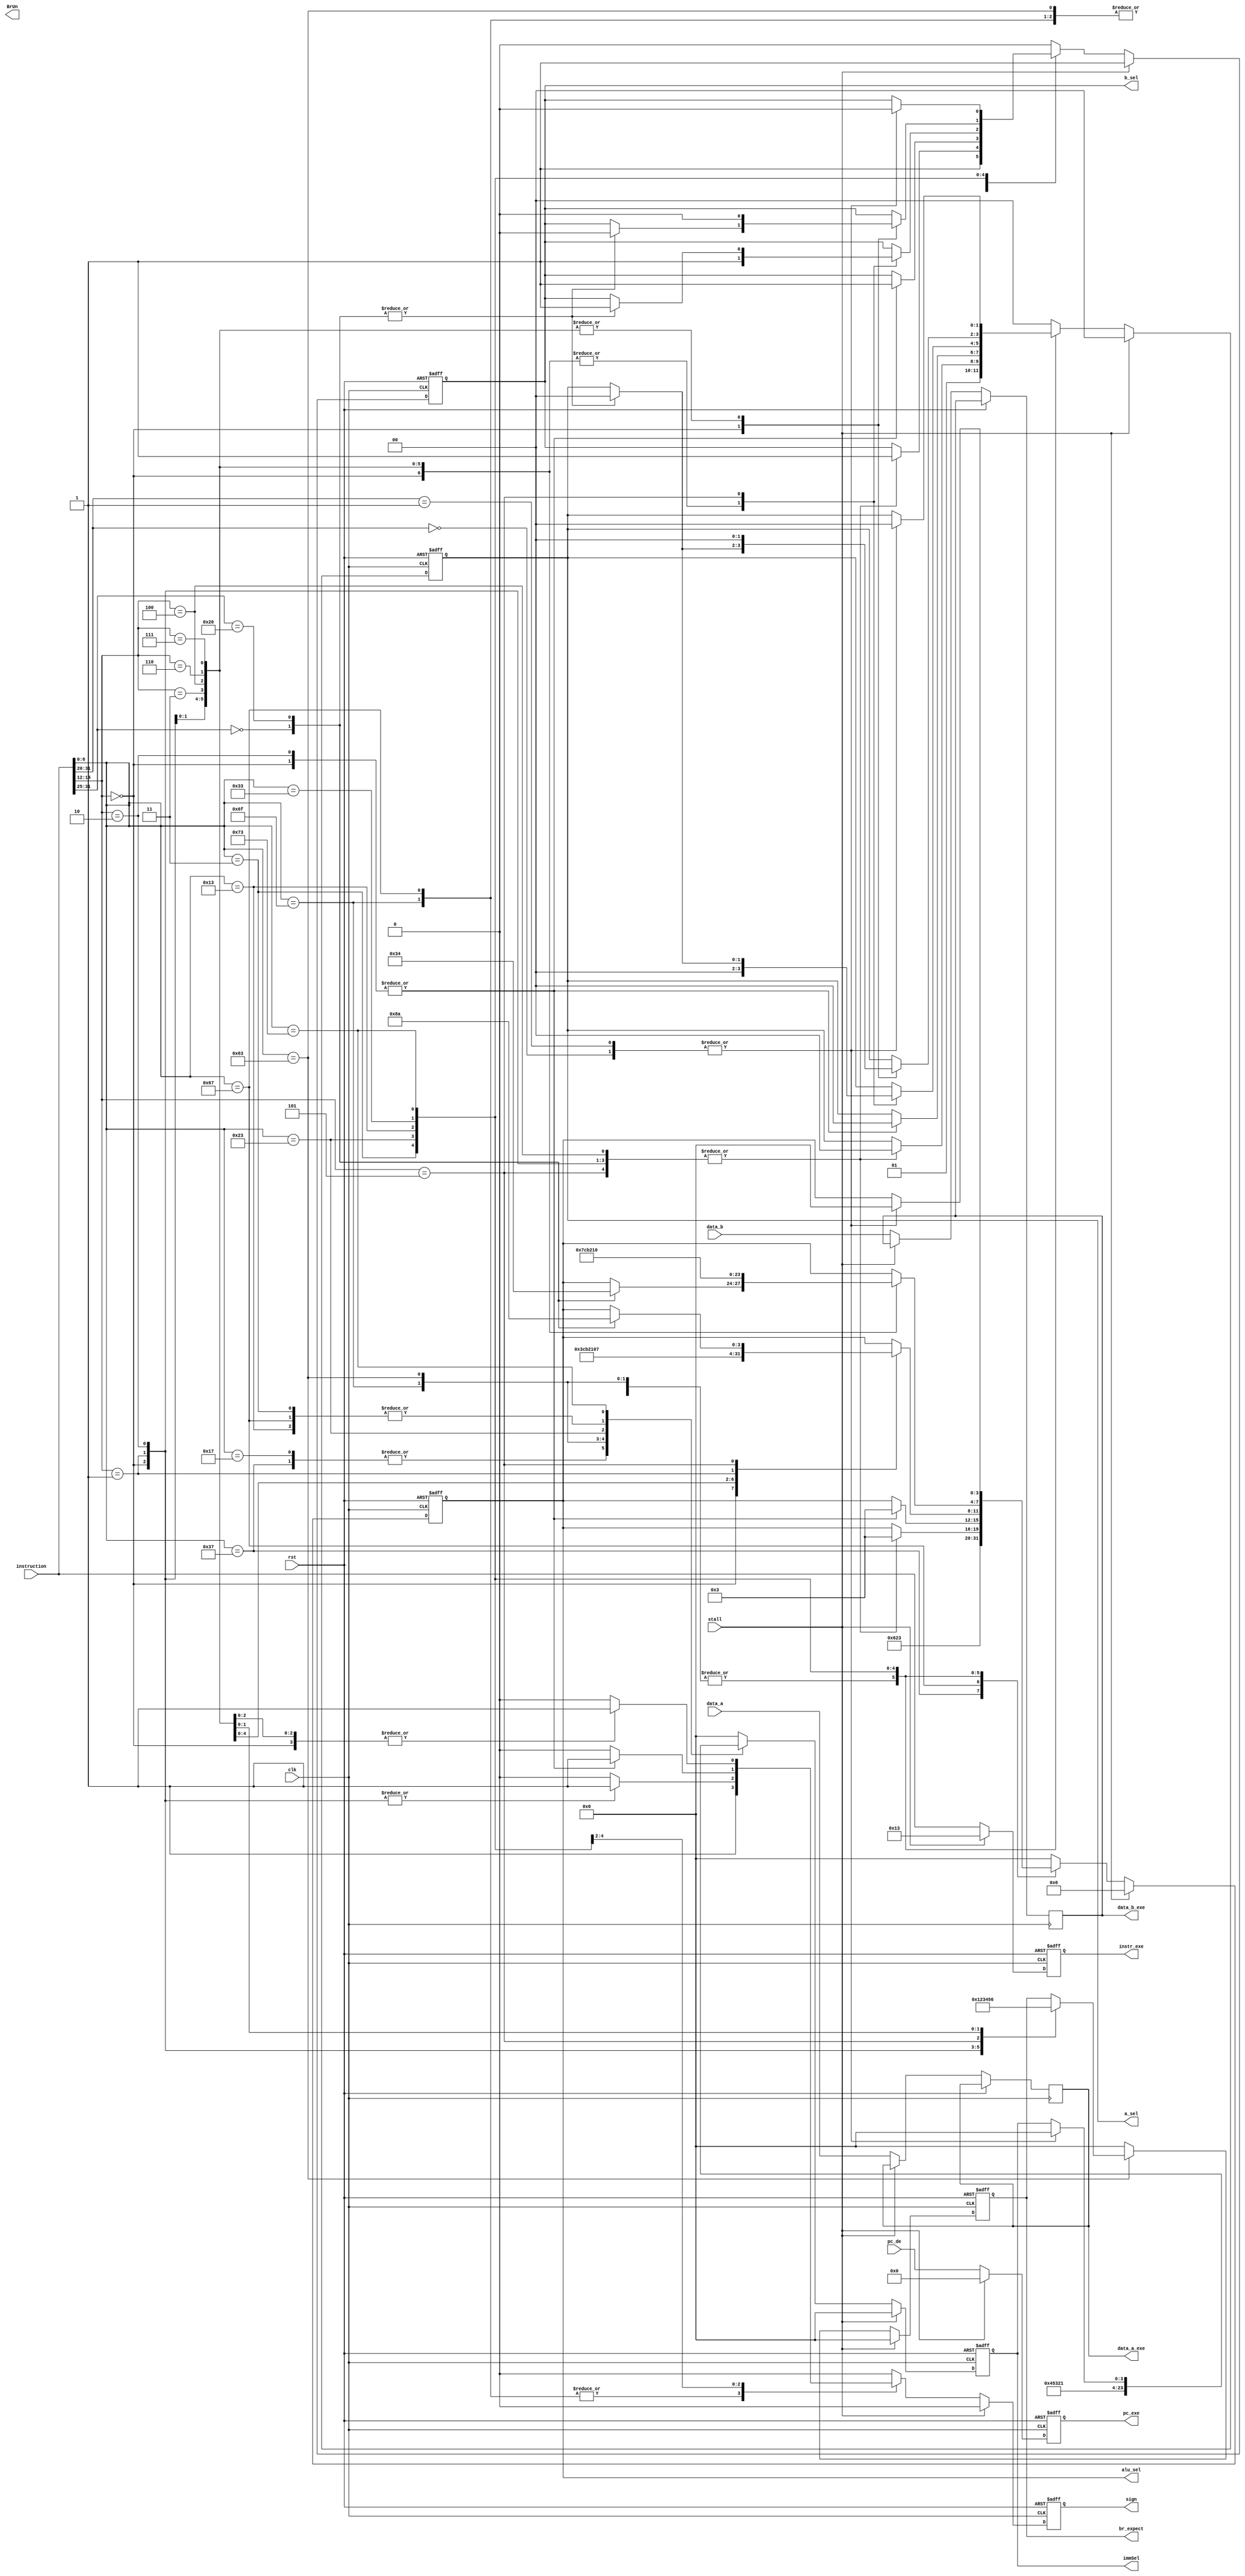
module execute_ctl(
    input         clk,
    input         rst,
    input         stall,
    input  [31:0] data_a,
    input  [31:0] data_b,
    input  [31:0] pc_de,
    input  [31:0] instruction,
    output [1:0]  a_sel,
    output        b_sel,
    output  [3:0] immSel,
    output        sign,
    output        BrUn,
    output [3:0]  br_expect,
    output [3:0]  alu_sel,
    output [31:0] data_a_exe,
    output [31:0] data_b_exe,
    output [31:0] pc_exe,
    output [31:0] instr_exe
);

reg [3:0]  r_br_expect;
reg [1:0]  r_a_sel;
reg        r_b_sel;
reg [3:0]  r_immSel;
reg [3:0]  r_alu_sel;
reg        r_sign;
reg [31:0] r_data_a_exe;
reg [31:0] r_data_b_exe;
reg [31:0] r_pc_exe;
reg [31:0] r_instr_exe;

assign immSel    = r_immSel;
assign alu_sel   = r_alu_sel;
assign a_sel     = r_a_sel;
assign b_sel     = r_b_sel;
assign sign      = r_sign;
assign data_a_exe = r_data_a_exe;
assign data_b_exe = r_data_b_exe;
assign pc_exe    = r_pc_exe;
assign instr_exe = r_instr_exe;
assign br_expect = r_br_expect;


always @(posedge clk or posedge rst) begin
    if (rst) begin
        r_a_sel     <= 1'b0;
        r_b_sel     <= 1'b1;
        r_immSel    <= 4'h0;
        r_sign      <= 1'b0;
        r_alu_sel   <= 4'b0110;
        r_br_expect <= 3'b000;
        r_pc_exe    <= 32'h0;
        r_instr_exe <= 32'hxxxxxxxx;
    end else if (stall) begin
        r_a_sel     <= 1'b0;
        r_b_sel     <= 1'b1;
        r_immSel    <= 4'h0;
        r_sign      <= 1'b0;
        r_alu_sel   <= 4'b0110;
        r_br_expect <= 3'b000;
        r_pc_exe    <= 32'h0;
        r_instr_exe <= 32'b00000000000000000000000000010011;
    end else begin
        r_sign = 1'b0;

        // Currently every RV32I instruction is implemented in control.  
        // EFENCE, EBREAK, and ECALL require further control implementation.
        case (instruction[6:0])
            // LUI Instruction: 
            7'b0110111: begin
                r_a_sel   <= 2'b0;
                r_b_sel   <= 1'b1;
                r_immSel  <= 4'h4;
                r_sign    <= 1'b0;
                r_alu_sel <= 4'b0110;
                r_br_expect <= 3'b000;
            end
            // AUIPC Instruction: 
            7'b0010111: begin
                r_a_sel   <= 2'b1;
                r_b_sel   <= 1'b1;
                r_immSel  <= 4'h4;
                r_sign    <= 1'b0;
                r_alu_sel <= 4'b0011;
                r_br_expect <= 3'b000;
            end
            // JAL Instruction:
            7'b1101111: begin
                r_a_sel   <= 2'b1;
                r_b_sel   <= 1'b1;
                r_immSel  <= 4'h5;
                r_alu_sel <= 4'b0011;
                r_sign    <= 1'b1;
                r_br_expect <= 3'b000;
            end
            // JALR Instruction:
            7'b1100111: begin
                r_a_sel   <= 2'b0;
                r_b_sel   <= 1'b1;
                r_immSel  <= 4'h1;
                r_alu_sel <= 4'b0010;
                r_sign    <= 1'b1;
                r_br_expect <= 3'b000;
            end
            7'b1100011: begin
                r_immSel  <= 4'h3;
                r_a_sel   <= 2'b1;
                r_b_sel   <= 1'b1;
                r_alu_sel <= 4'b0011;
                case (instruction[14:12])
                    // BEQ Instruction:
                    3'b000: begin
                        r_br_expect <= 3'b001;
                    end
                    // BNE Instruction
                    3'b001: begin
                        r_br_expect <= 3'b010;
                    end
                    //BLT Instruction
                    3'b010: begin
                        r_br_expect <= 3'b011;
                    end
                    //BGE Instruction
                    3'b101: begin
                        r_br_expect <= 3'b100;
                    end
                    //BLTU Instruction
                    3'b110: begin
                        r_br_expect <= 3'b101;
                    end
                    //BGEU Instruction
                    3'b111: begin
                        r_br_expect <= 3'b110;
                    end
                endcase
            end
            7'b0000011: begin
                r_immSel  <= 4'h1;
                r_br_expect <= 3'b000;
                case (instruction[14:12])
                    //LB Instruction
                    3'b000: begin
                        r_a_sel   <= 2'b0;
                        r_b_sel   <= 1'b1;
                        r_alu_sel <= 4'b0011;
                        r_sign    <= 1'b1;
                    end
                    //LH Instruction
                    3'b001: begin
                        r_a_sel   <= 2'b0;
                        r_b_sel   <= 1'b1;
                        r_alu_sel <= 4'b0011;
                        r_sign    <= 1'b1;
                    end
                    //LW Instruction
                    3'b010: begin
                        r_a_sel   <= 2'b0;
                        r_b_sel   <= 1'b1;
                        r_alu_sel <= 4'b0011;
                        r_sign    <= 1'b1;
                    end
                    //LBU Instruction
                    3'b100: begin
                        r_a_sel   <= 2'b0;
                        r_b_sel   <= 1'b1;
                        r_alu_sel <= 4'b0011;
                    end
                    //LHU Instruction
                    3'b101: begin
                        r_a_sel   <= 2'b0;
                        r_b_sel   <= 1'b1;
                        r_alu_sel <= 4'b0011;
                    end
                endcase
            end
            7'b0100011: begin
                r_immSel  <= 4'h2;
                r_br_expect <= 3'b000;
                case (instruction[14:12])
                    // SB Instruction
                    3'b000: begin
                        r_a_sel   <= 2'b0;
                        r_b_sel   <= 1'b1;
                        r_alu_sel <= 4'b0011;
                        r_sign    <= 1'b1;
                    end
                    // SW Instruction
                    3'b010: begin
                        r_a_sel   <= 2'b0;
                        r_b_sel   <= 1'b1;
                        r_alu_sel <= 4'b0011;
                        r_sign    <= 1'b1;
                    end
                endcase
            end
            7'b0010011: begin
                r_immSel  <= 4'h1;
                r_br_expect <= 3'b000;
                case (instruction[14:12])
                    // ADDI Instruction
                    3'b000: begin
                        r_a_sel   <= 2'b0;
                        r_b_sel   <= 1'b1;
                        r_alu_sel <= 4'b0011;
                        r_sign    <= 1'b1;
                    end
                    // SLTI Instruction
                    3'b010: begin
                        r_a_sel   <= 2'b0;
                        r_b_sel   <= 1'b1;
                        r_alu_sel <= 4'b1100;
                    end
                    // SLTIU Instruction
                    3'b011: begin
                        r_a_sel   <= 2'b0;
                        r_b_sel   <= 1'b1;
                        r_alu_sel <= 4'b1011;
                    end
                    // XORI Instruction
                    3'b100: begin
                        r_a_sel   <= 2'b0;
                        r_b_sel   <= 1'b1;
                        r_alu_sel <= 4'b0010;
                        r_sign    <= 1'b1;
                    end
                    // ORI Instruction
                    3'b110: begin
                        r_a_sel   <= 2'b0;
                        r_b_sel   <= 1'b1;
                        r_alu_sel <= 4'b0001;
                        r_sign    <= 1'b1;
                    end
                    // ANDI Instruction
                    3'b111: begin
                        r_a_sel   <= 2'b0;
                        r_b_sel   <= 1'b1;
                        r_alu_sel <= 4'b0000;
                        r_sign    <= 1'b1;
                    end
                    // SLLI Instruction
                    3'b001: begin
                        r_a_sel   <= 2'b0;
                        r_b_sel   <= 1'b1;
                        r_alu_sel <= 4'b0111;
                    end
                    3'b101: begin
                        case (instruction[31:25])
                            // SRLI Instruction
                            7'b0000000: begin
                                r_a_sel   <= 2'b0;
                                r_b_sel   <= 1'b1;
                                r_alu_sel <= 4'b1000;
                            end
                            // SRAI Instruction
                            7'b0100000: begin
                                r_a_sel   <= 2'b0;
                                r_b_sel   <= 1'b1;
                                r_alu_sel <= 4'b1010;
                            end
                        endcase
                    end
                endcase
            end
            7'b0110011: begin
                r_immSel  <= 4'h0;
                r_br_expect <= 3'b000;
                case (instruction[14:12]) 
                    3'b000: begin
                        case (instruction[31:25])
                            // ADD Instruction
                            7'b0000000: begin
                                r_a_sel   <= 2'b0;
                                r_b_sel   <= 1'b0;
                                r_alu_sel <= 4'b0011;
                            end
                            // SUB Instruction
                            7'b0100000: begin
                                r_a_sel   <= 2'b0;
                                r_b_sel   <= 1'b0;
                                r_alu_sel <= 4'b0100;
                            end
                        endcase
                    end
                    // SLL Instruction
                    3'b001: begin
                        r_a_sel   <= 2'b0;
                        r_b_sel   <= 1'b0;
                        r_alu_sel <= 4'b0111;
                    end
                    // SLT Instruction
                    3'b010: begin
                        r_a_sel   <= 2'b0;
                        r_b_sel   <= 1'b0;
                        r_alu_sel <= 4'b1100;
                    end
                    // SLTU Instruction
                    3'b011: begin
                        r_a_sel   <= 2'b0;
                        r_b_sel   <= 1'b0;
                        r_alu_sel <= 4'b1011;
                    end
                    // XOR Instruction
                    3'b100: begin
                        r_a_sel   <= 2'b0;
                        r_b_sel   <= 1'b0;
                        r_alu_sel <= 4'b0010;
                    end
                    // SRA Instruction
                    3'b100: begin
                        r_a_sel   <= 2'b0;
                        r_b_sel   <= 1'b0;
                        r_alu_sel <= 4'b1010;
                    end
                    // OR Instruction
                    3'b110: begin
                        r_a_sel   <= 2'b0;
                        r_b_sel   <= 1'b0;
                        r_alu_sel <= 4'b0001;
                    end
                    // AND Instruction
                    3'b111: begin
                        r_a_sel   <= 2'b0;
                        r_b_sel   <= 1'b0;
                        r_alu_sel <= 4'b0000;
                    end
                endcase
            end
            //  FENCE Instruction
            7'b0001111: begin
                r_br_expect <= 3'b000;
                r_a_sel   <= 2'b0;
                r_b_sel   <= 1'b0;
                r_immSel  <= 4'h0;
                r_alu_sel <= 4'b0000;
            end
            7'b1110011: begin
                r_br_expect <= 3'b000;
                case (instruction[31:20])
                    //  @todo
                    //  ECALL Instruction
                    7'h0: begin
                        r_a_sel   <= 2'b0;
                        r_b_sel   <= 1'b0;
                        r_immSel  <= 4'h0;
                        r_alu_sel <= 4'b0000;
                    end
                    //  @todo 
                    //  EBREAK Instruction
                    7'h1: begin
                        r_a_sel   <= 2'b0;
                        r_b_sel   <= 1'b0;
                        r_immSel  <= 4'h0;
                        r_alu_sel <= 4'b0000;
                    end
                endcase
            end
            default: begin
                r_br_expect <= 3'b000;
                r_a_sel   <= 2'b0;
                r_b_sel   <= 1'b0;
                r_immSel  <= 4'h0;
                r_alu_sel <= 4'b0000;
            end
        endcase
        r_data_a_exe <= data_a;
        r_data_b_exe <= data_b;
        r_pc_exe     <= pc_de;
        r_instr_exe  <= instruction;
    end
end
endmodule